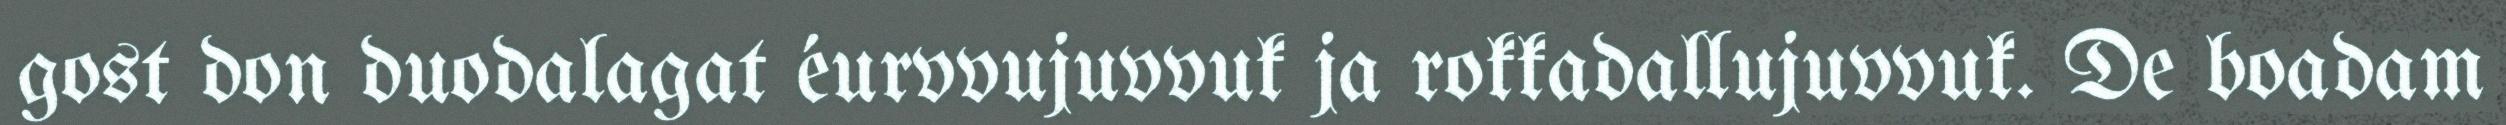
gost don duodalagat éurvvujuvvuk ja rokkadallujuvvuk. De boadam